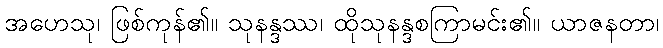
အဟေသု၊ ဖြစ်ကုန်၏။ သုနန္ဒဿ၊ ထိုသုနန္ဒစကြာမင်း၏။ ယာဇနတာ၊